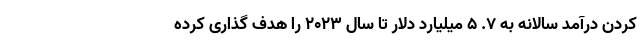
کردن درآمد سالانه به ۷. ۵ میلیارد دلار تا سال ۲۰۲۳ را هدف گذاری کرده